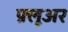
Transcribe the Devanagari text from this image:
फ़्लूअर